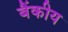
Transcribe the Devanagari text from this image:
बैंकीय